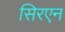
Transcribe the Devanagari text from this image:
सिरएन